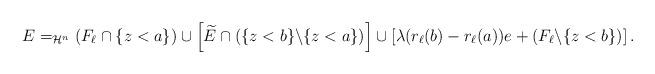
LaTeX: \begin{align*}E =_{\mathcal{H}^{n}} \left( F_{\ell} \cap \{ z <a \} \right) \cup \left[ \widetilde{E} \cap \left( \{ z< b \} \backslash \{z <a \} \right)\right] \cup \left[ \lambda ( r_{\ell}(b) - r_{\ell} (a) )e + \left( F_{\ell} \backslash \{ z<b \} \right)\right].\end{align*}